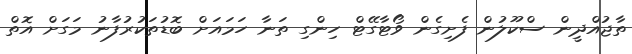
ތާޖުއްދީން ސްކޫލުން ފެށިގެން ވޯޓާގޭޓް ހިންގި ތަނާ ހަމައަށް ބޮޑުތަކުރުފާނު މަގަށް އޮތް